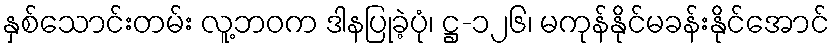
နှစ်သောင်းတမ်း လူ့ဘဝက ဒါနပြုခဲ့ပုံ၊ ဋ္ဌ-၁၂၆၊ မကုန်နိုင်မခန်းနိုင်အောင်